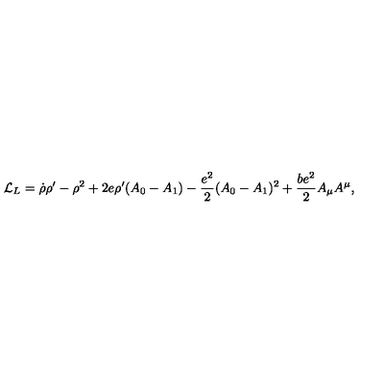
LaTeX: { \cal L } _ { L } = \dot { \rho } \rho ^ { \prime } - \rho ^ { 2 } + 2 e \rho ^ { \prime } ( A _ { 0 } - A _ { 1 } ) - { \frac { e ^ { 2 } } { 2 } } ( A _ { 0 } - A _ { 1 } ) ^ { 2 } + \frac { b e ^ { 2 } } { 2 } A _ { \mu } A ^ { \mu } ,